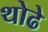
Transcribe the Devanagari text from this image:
थोढे